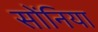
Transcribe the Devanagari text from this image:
सोंनिया